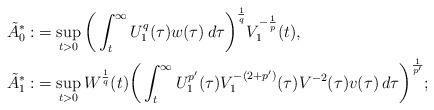
LaTeX: \begin{align*} \tilde{A}_0^* : & = \sup_{t > 0}\bigg( \int_t^{\infty} U_1^q(\tau) w(\tau)\,d\tau \bigg)^{\frac{1}{q}} V_1^{- \frac{1}{p}} (t),\\ \tilde{A}_1^* : & = \sup_{t > 0} W^{\frac{1}{q}}(t) \bigg( \int_t^{\infty} U_1^{p'}(\tau) V_1^{-(2+p')}(\tau) V^{-2}(\tau)v(\tau)\,d\tau \bigg)^{\frac{1}{p'}}; \end{align*}